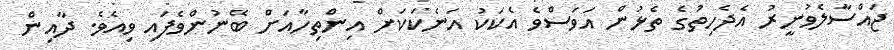
ޖައްސާލެވުނީރު އެދެހިތުގެ ތެޅުން އަވަސްވެ އެކަކު އަނެކަކަށް އިންތިހާއަށް ބޭނުންވެފައި ވިއެވެ. ދާއިން